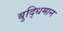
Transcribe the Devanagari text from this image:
बुद्‍धिमान